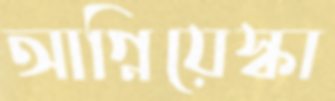
আগ্নিয়েস্কা